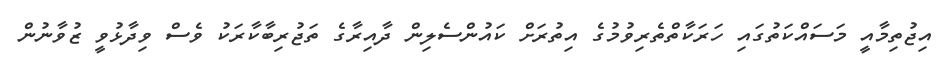
އިޖުތިމާއީ މަސައްކަތުގައި ހަރަކާތްތެރިވުމުގެ އިތުރަށް ކައުންސެލިން ދާއިރާގެ ތަޖުރިބާކާރަކު ވެސް ވިދާޅުވީ ޒުވާނުން